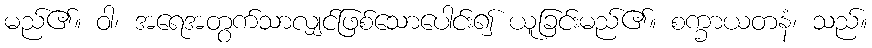
မည်၏။ ဝါ၊ အရေအတွက်သာလျှင်ဖြစ်သောပေါင်း၍ ယူခြင်းမည်၏။ စက္ခာယတနံ၊ သည်။